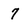
Character: 7